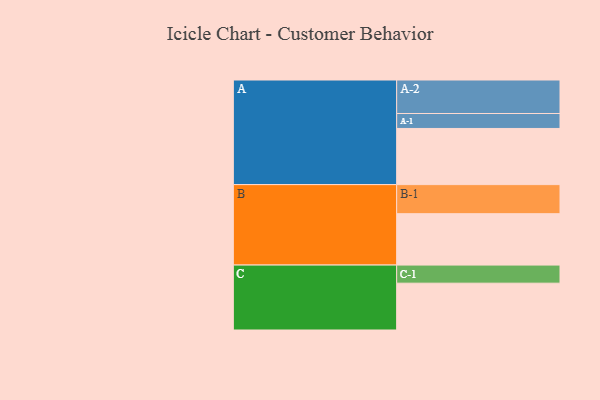
{"axis": {"x": "Segment", "y": "Value"}, "legend": ["", "A", "B", "C"], "data": [{"x": "A", "y": 481, "type": ""}, {"x": "B", "y": 440, "type": ""}, {"x": "C", "y": 401, "type": ""}, {"x": "A-1", "y": 128, "type": "A"}, {"x": "A-2", "y": 287, "type": "A"}, {"x": "B-1", "y": 249, "type": "B"}, {"x": "C-1", "y": 155, "type": "C"}]}